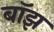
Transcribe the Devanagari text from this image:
बाॅझ